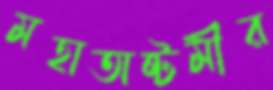
মহাঅষ্টমীর